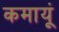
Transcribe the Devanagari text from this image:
कमायूं